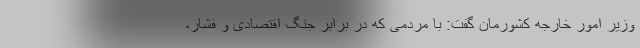
وزیر امور خارجه کشورمان گفت: با مردمی که در برابر جنگ اقتصادی و فشار،